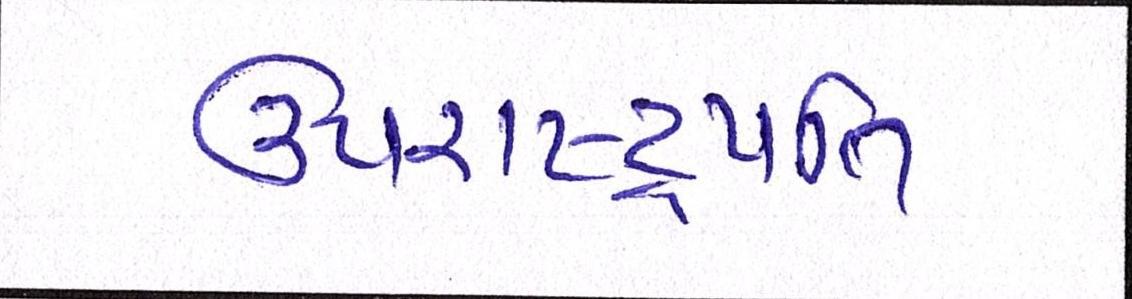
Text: ઉપરાષ્ટ્રપતિ